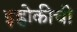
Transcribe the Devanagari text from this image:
इह्लोकीची